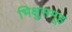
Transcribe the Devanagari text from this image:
भिक्षुसमूह